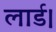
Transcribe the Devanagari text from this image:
लार्ड।